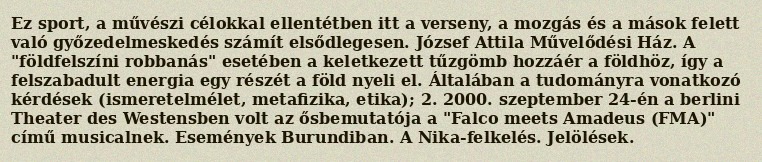
Ez sport, a művészi célokkal ellentétben itt a verseny, a mozgás és a mások felett való győzedelmeskedés számít elsődlegesen. József Attila Művelődési Ház. A "földfelszíni robbanás" esetében a keletkezett tűzgömb hozzáér a földhöz, így a felszabadult energia egy részét a föld nyeli el. Általában a tudományra vonatkozó kérdések (ismeretelmélet, metafizika, etika); 2. 2000. szeptember 24-én a berlini Theater des Westensben volt az ősbemutatója a "Falco meets Amadeus (FMA)" című musicalnek. Események Burundiban. A Nika-felkelés. Jelölések.